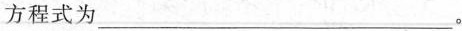
方程式为___。